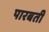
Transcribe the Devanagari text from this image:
पारबती